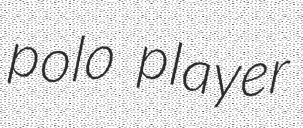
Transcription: polo player